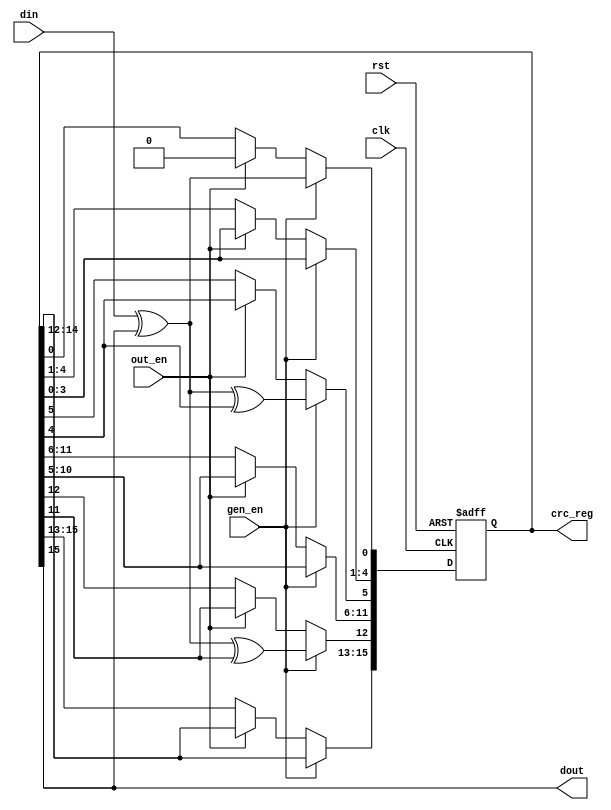
///////////////////////////////////////////////////////////////////////////////
//
//
// Copyright (C) 2007, Licensed customers of QuickLogic may copy or modify
// this file for use in designing QuickLogic devices only.
//
// Module Name:  crc16
// 
//
///////////////////////////////////////////////////////////////////////////////
`timescale 1ns/1ns

module crc16(
             rst,
             clk,
             gen_en,
             out_en,
             din,
             dout,
			 crc_reg
             );

input  rst;
input  clk;
input  gen_en;
input  out_en;
input  din;
output dout;
output [15:0] crc_reg;

wire   rst ;
wire   clk ;
wire   gen_en ;
wire   out_en ;
wire   din ;
wire   dout ;

reg [15:0] crc_reg;

assign dout = crc_reg[15];

  always @(posedge rst or posedge clk) 
  begin
    if( rst ) 
	begin
      crc_reg <= 16'h0;
    end
    else
    begin
      if( gen_en ) 
	  begin
        crc_reg[15:13]  <= crc_reg[14:12] ;
        crc_reg[12]     <= din ^ crc_reg[15] ^ crc_reg[11];
        crc_reg[11:6]   <= crc_reg[10:5] ;
        crc_reg[5]      <= din ^ crc_reg[15] ^ crc_reg[4];
        crc_reg[4:1]    <= crc_reg[3:0] ;
        crc_reg[0]      <= din ^ crc_reg[15];
      end
      else if( out_en ) 
	  begin
        crc_reg[15:1]   <= crc_reg[14:0] ;
        crc_reg[0]      <= 1'b 0;
      end
    end
  end


endmodule